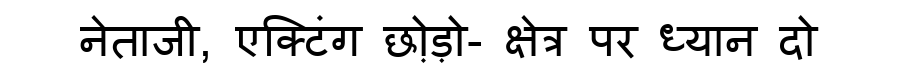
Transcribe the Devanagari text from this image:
नेताजी, एक्टिंग छो़ड़ो- क्षेत्र पर ध्यान दो